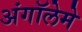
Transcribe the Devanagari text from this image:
अंगॉलेमे